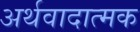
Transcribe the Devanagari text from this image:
अर्थवादात्मक